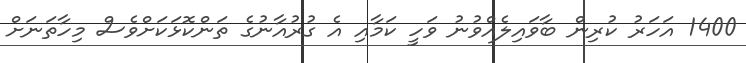
1400 އަހަރު ކުރިން ބާވައިލެއްވުނު ވަހީ ކަމާއި އެ ގުރުއާނުގެ ތަންކޮޅަކަށްވެސް މިހާތަނަށް